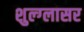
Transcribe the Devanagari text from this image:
शुल्‍ग्‍लासर